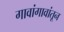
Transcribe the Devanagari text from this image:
गावांगावांतून